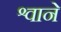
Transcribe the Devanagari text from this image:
श्वाने